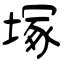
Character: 塚